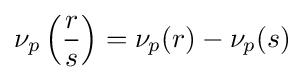
\nu _{p}\left({\frac {r}{s}}\right)=\nu _{p}(r)-\nu _{p}(s)